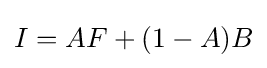
I=AF+(1-A)B